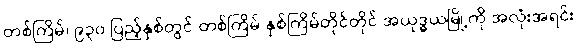
တစ်ကြိမ်၊ ၉၃၀ ပြည့်နှစ်တွင် တစ်ကြိမ် နှစ်ကြိမ်တိုင်တိုင် အယုဒ္ဓယမြို့ကို အလုံးအရင်း